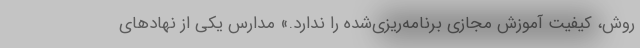
روش، کیفیت آموزش مجازی برنامه‌ریزی‌شده را ندارد.» مدارس یکی از نهادهای